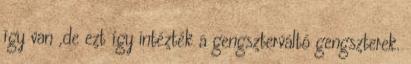
így van ,de ezt így intézték a gengszterváltó gengszterek.